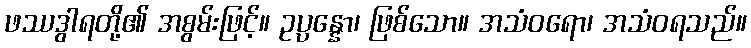
ဖဿဒွါရတို့၏ အစွမ်းဖြင့်။ ဥပ္ပန္နော၊ ဖြစ်သော။ အသံဝရော၊ အသံဝရသည်။